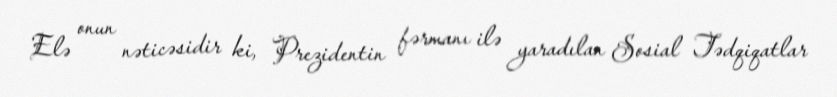
Elə onun nəticəsidir ki, Prezidentin fərmanı ilə yaradılan Sosial Tədqiqatlar